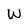
Character: W